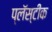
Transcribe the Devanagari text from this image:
प्लॅस्टीक